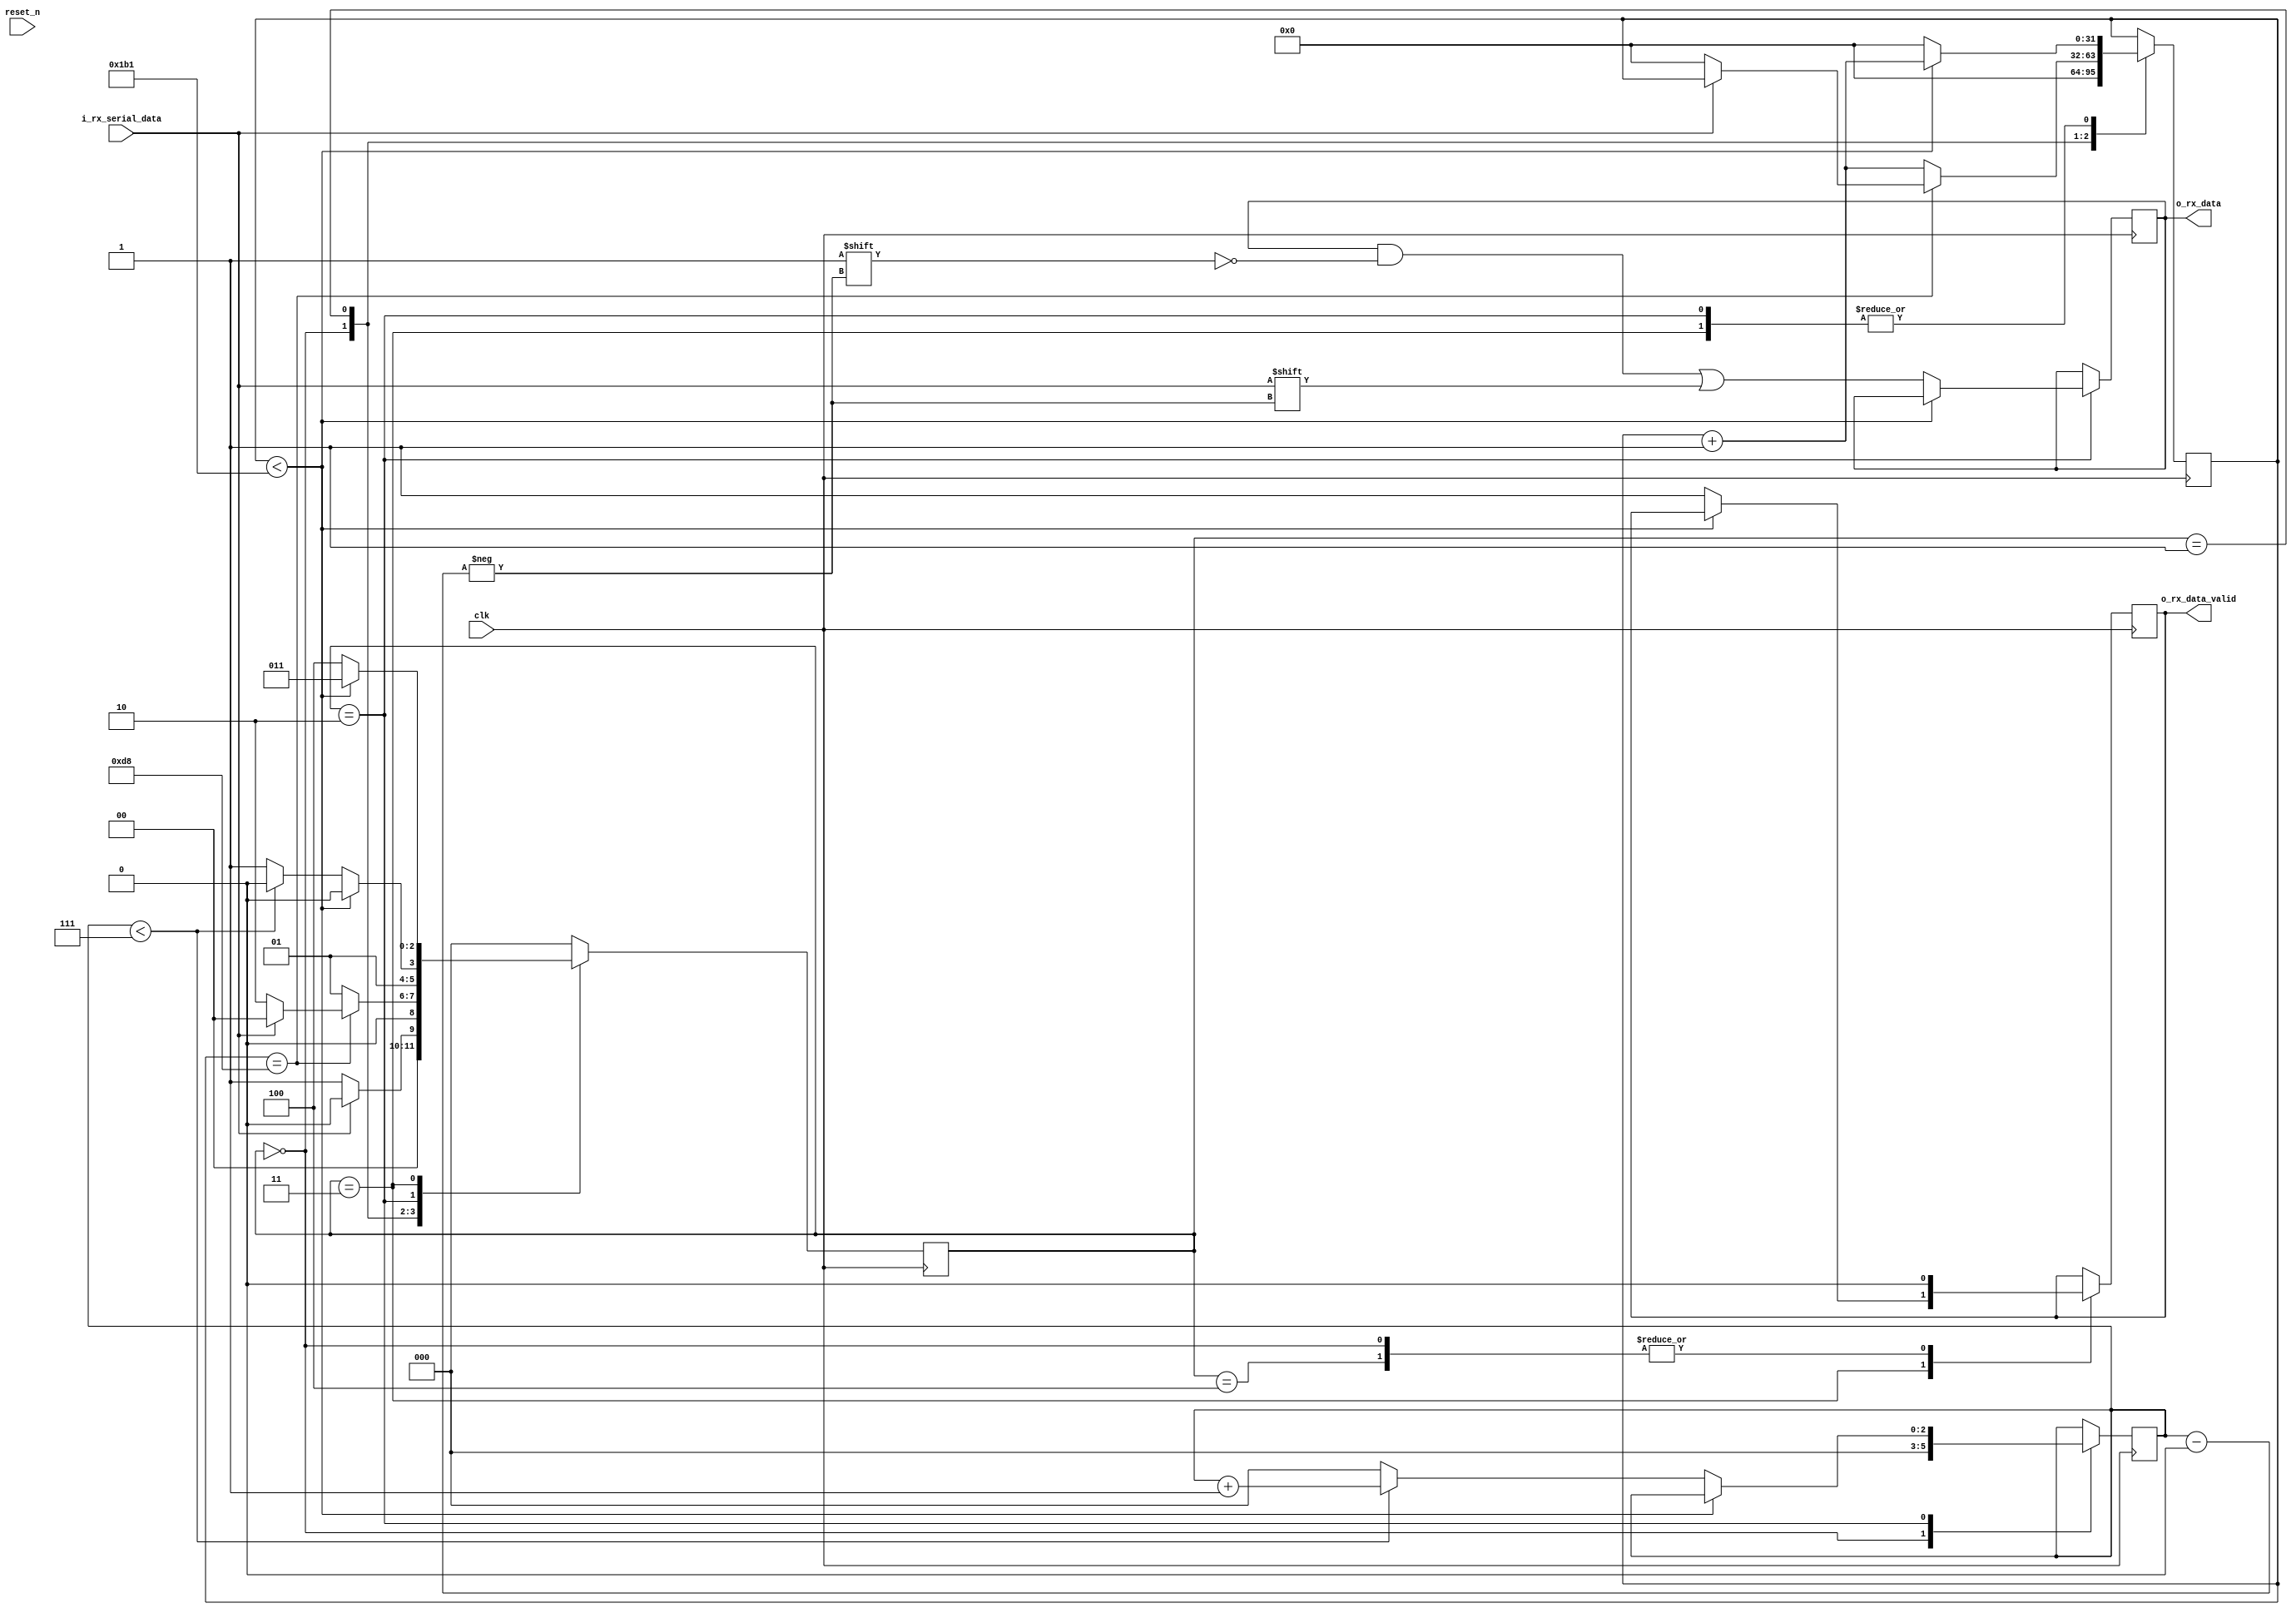
module uart_rx #(parameter CLKS_PER_BIT=100000000/230400)
(
	input clk,
	input reset_n,
	input i_rx_serial_data,
	output reg o_rx_data_valid = 0,
	output reg [7:0] o_rx_data = 0
);
	parameter IDLE=3'b0,
	RX_START_BIT=3'b001,
	RX_DATA_BITS=3'b010,
	RX_STOP_BIT=3'b011,
	CLEAN_UP = 3'b100;

	reg [2:0] current_state = 0;
	reg [31:0] clk_count = 0;
	reg [2:0] bit_index = 0;

	wire uart_dout;

	always @(posedge clk)
	begin
		case(current_state)
		IDLE:
		begin
			o_rx_data_valid <= 0;
			clk_count <= 0;
			bit_index <= 0;
			if(i_rx_serial_data == 1'b0)
				current_state <= RX_START_BIT;
			else
				current_state <= IDLE;
		end
		RX_START_BIT:
		begin
			if(clk_count == (CLKS_PER_BIT-1)/2)
			begin
				if(i_rx_serial_data == 1'b0)
				begin
					clk_count <= 0;
					current_state <= RX_DATA_BITS;
				end
				else
					current_state<= IDLE;
			end
			else
			begin
				clk_count <= clk_count +1;
				current_state <= RX_START_BIT;
			end
		end
		RX_DATA_BITS:
		begin
			if(clk_count < CLKS_PER_BIT -1)
			begin
				clk_count <= clk_count + 1;
				current_state <= RX_DATA_BITS;
			end
			else
			begin
				clk_count<=0;
				o_rx_data[bit_index] <= i_rx_serial_data;
				if(bit_index<7)
				begin
					bit_index<=bit_index+1;
					current_state<=RX_DATA_BITS;
				end
				else
				begin
					bit_index <= 0;
					current_state <= RX_STOP_BIT;
				end
			end
		end
		RX_STOP_BIT:
		begin
			if(clk_count < CLKS_PER_BIT-1)
			begin
				clk_count<=clk_count+1;
				current_state<=RX_STOP_BIT;
			end
			else
			begin
				o_rx_data_valid <= 1;
				clk_count<=0;
				current_state <= CLEAN_UP;
			end
		end
		CLEAN_UP:
		begin
			current_state<=IDLE;
			o_rx_data_valid <= 0;
		end
		default:
			current_state<=IDLE;
		endcase
	end
//	always @(posedge clk)
//	begin
//		if(o_rx_data_valid==1'b1)//Just a case used to indicate the end of the test when loaded from the test file.
//		begin
//			$write("%s",o_rx_data);//To be sent to the terminal.
//		end
//	end
endmodule